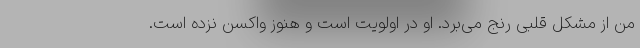
من از مشکل قلبی رنج می‌برد. او در اولویت است و هنوز واکسن نزده است.